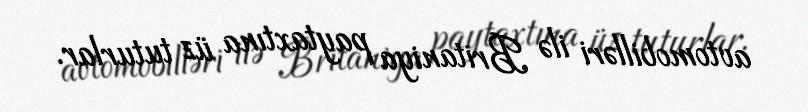
avtomobilləri ilə Britaniya paytaxtına üz tuturlar.